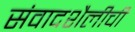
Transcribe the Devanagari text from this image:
संवादशैलीची